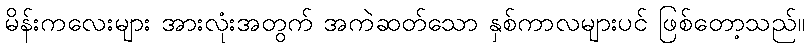
မိန်းကလေးများ အားလုံးအတွက် အကဲဆတ်သော နှစ်ကာလများပင် ဖြစ်တော့သည်။